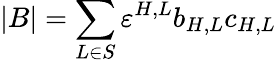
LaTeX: |B|=\sum_{L\in S}\varepsilon^{H,L}b_{H,L}c_{H,L}